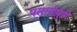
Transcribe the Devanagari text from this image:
पसर्लापुडी